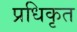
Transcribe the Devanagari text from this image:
प्रधिकृत